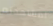
لمشاهدته